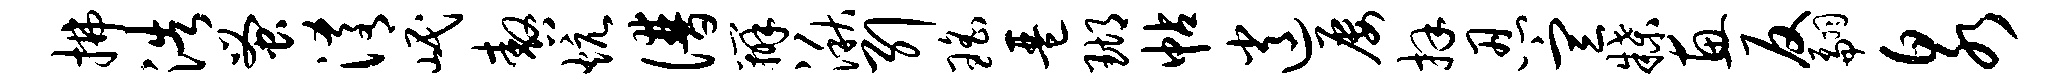
拂浩蚤淆岷嗷炕谱辨湫引瑶琶瑚帖逍屡拜忍宣牒惠反翩泉